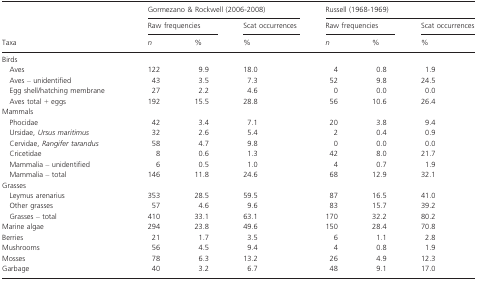
<table><thead><tr><td></td><td colspan="3"><b>Gormezano &amp; Rockwell (2006-2008)</b></td><td colspan="3"><b>Russell (1968-1969)</b></td></tr><tr><td></td><td colspan="2"><b>Raw frequencies</b></td><td><b>Scat occurrences</b></td><td colspan="2"><b>Raw frequencies</b></td><td><b>Scat occurrences</b></td></tr><tr><td><b>Taxa</b></td><td><b><i>n</i></b></td><td><b>%</b></td><td><b>%</b></td><td><b><i>n</i></b></td><td><b>%</b></td><td><b>%</b></td></tr></thead><tbody><tr><td colspan="7">Birds</td></tr><tr><td> Aves</td><td>122</td><td>9.9</td><td>18.0</td><td>4</td><td>0.8</td><td>1.9</td></tr><tr><td> Aves – unidentified</td><td>43</td><td>3.5</td><td>7.3</td><td>52</td><td>9.8</td><td>24.5</td></tr><tr><td> Egg shell/hatching membrane</td><td>27</td><td>2.2</td><td>4.6</td><td>0</td><td>0.0</td><td>0.0</td></tr><tr><td> Aves total + eggs</td><td>192</td><td>15.5</td><td>28.8</td><td>56</td><td>10.6</td><td>26.4</td></tr><tr><td colspan="7">Mammals</td></tr><tr><td> Phocidae</td><td>42</td><td>3.4</td><td>7.1</td><td>20</td><td>3.8</td><td>9.4</td></tr><tr><td> Ursidae, <i>Ursus maritimus</i></td><td>32</td><td>2.6</td><td>5.4</td><td>2</td><td>0.4</td><td>0.9</td></tr><tr><td> Cervidae, <i>Rangifer tarandus</i></td><td>58</td><td>4.7</td><td>9.8</td><td>0</td><td>0.0</td><td>0.0</td></tr><tr><td> Cricetidae</td><td>8</td><td>0.6</td><td>1.3</td><td>42</td><td>8.0</td><td>21.7</td></tr><tr><td> Mammalia – unidentified</td><td>6</td><td>0.5</td><td>1.0</td><td>4</td><td>0.7</td><td>1.9</td></tr><tr><td> Mammalia – total</td><td>146</td><td>11.8</td><td>24.6</td><td>68</td><td>12.9</td><td>32.1</td></tr><tr><td colspan="7">Grasses</td></tr><tr><td> Leymus arenarius</td><td>353</td><td>28.5</td><td>59.5</td><td>87</td><td>16.5</td><td>41.0</td></tr><tr><td> Other grasses</td><td>57</td><td>4.6</td><td>9.6</td><td>83</td><td>15.7</td><td>39.2</td></tr><tr><td> Grasses – total</td><td>410</td><td>33.1</td><td>63.1</td><td>170</td><td>32.2</td><td>80.2</td></tr><tr><td>Marine algae</td><td>294</td><td>23.8</td><td>49.6</td><td>150</td><td>28.4</td><td>70.8</td></tr><tr><td>Berries</td><td>21</td><td>1.7</td><td>3.5</td><td>6</td><td>1.1</td><td>2.8</td></tr><tr><td>Mushrooms</td><td>56</td><td>4.5</td><td>9.4</td><td>4</td><td>0.8</td><td>1.9</td></tr><tr><td>Mosses</td><td>78</td><td>6.3</td><td>13.2</td><td>26</td><td>4.9</td><td>12.3</td></tr><tr><td>Garbage</td><td>40</td><td>3.2</td><td>6.7</td><td>48</td><td>9.1</td><td>17.0</td></tr></tbody></table>